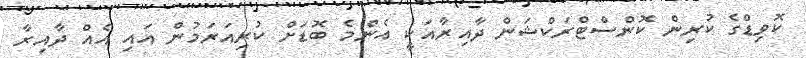
ކޮވިޑްގެ ކުރިން ކޮންސްޓްރަކްޝަން ދާއިރާއަކީ އެންމެ ބޮޑަށް ކުރިއަރަމުން އައި އެއް ދާއިރާ